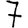
Digit: 7